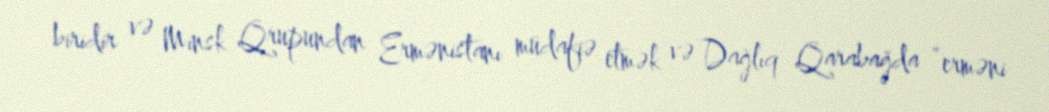
biridir və Minsk Qrupundan Ermənistanı müdafiə etmək və Dağlıq Qarabağda ”erməni